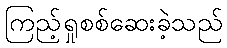
ကြည့်ရှုစစ်ဆေးခဲ့သည်